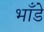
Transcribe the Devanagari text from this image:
भाँडे